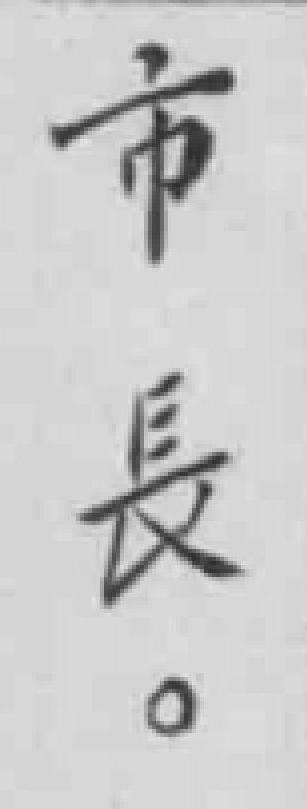
市長。